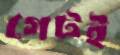
গেটই